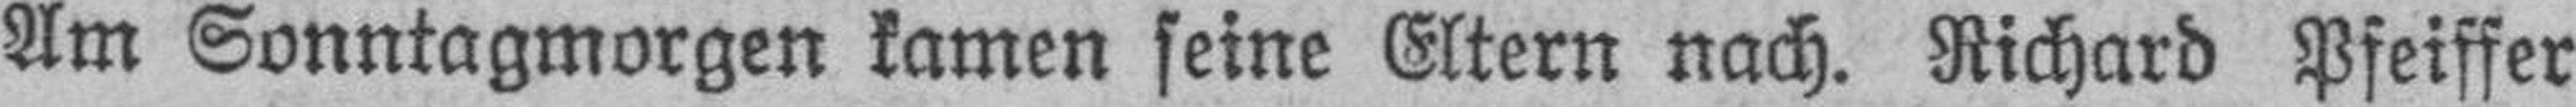
Am Sonntagmorgen kamen seine Eltern nach. Richard Pfeiffer